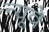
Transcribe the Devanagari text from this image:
न्यूवे